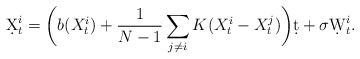
\begin{align*}\d X_t^i = \bigg(b(X_t^i) + \frac1{N-1}\sum_{j\neq i}K(X_t^i-X_t^j)\bigg)\d t + \sigma\d W_t^i.\end{align*}